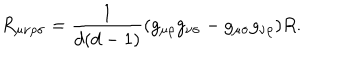
LaTeX: R _ { \mu \nu \rho \sigma } = \frac { 1 } { d ( d - 1 ) } ( g _ { \mu \rho } g _ { \nu \sigma } - g _ { \mu \sigma } g _ { \nu \rho } ) R .